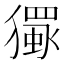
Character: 𱮦